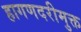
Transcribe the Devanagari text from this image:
हागणदरीमुक्त